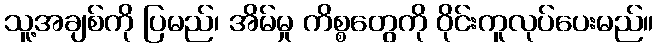
သူ့အချစ်ကို ပြမည်၊ အိမ်မှု ကိစ္စတွေကို ဝိုင်းကူလုပ်ပေးမည်။